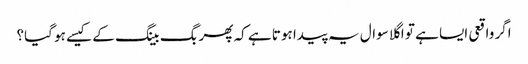
اگر واقعی ایسا ہے تو اگلا سوال یہ پیدا ہوتا ہے کہ پھر بگ بینگ کے کیسے ہو گیا؟